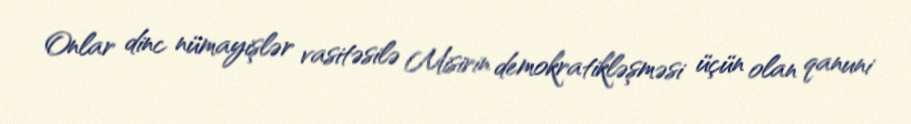
Onlar dinc nümayişlər vasitəsilə Misirin demokratikləşməsi üçün olan qanuni